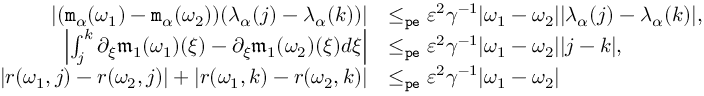
\begin{array} { r l } { | ( \mathtt { m } _ { \alpha } ( \omega _ { 1 } ) - \mathtt { m } _ { \alpha } ( \omega _ { 2 } ) ) ( \lambda _ { \alpha } ( j ) - \lambda _ { \alpha } ( k ) ) | } & { \le _ { \mathtt { p e } } \varepsilon ^ { 2 } \gamma ^ { - 1 } | \omega _ { 1 } - \omega _ { 2 } | | \lambda _ { \alpha } ( j ) - \lambda _ { \alpha } ( k ) | , } \\ { \left| \int _ { j } ^ { k } \partial _ { \xi } \mathfrak { m } _ { 1 } ( \omega _ { 1 } ) ( \xi ) - \partial _ { \xi } \mathfrak { m } _ { 1 } ( \omega _ { 2 } ) ( \xi ) d \xi \right| } & { \le _ { \mathtt { p e } } \varepsilon ^ { 2 } \gamma ^ { - 1 } | \omega _ { 1 } - \omega _ { 2 } | | j - k | , } \\ { | r ( \omega _ { 1 } , j ) - r ( \omega _ { 2 } , j ) | + | r ( \omega _ { 1 } , k ) - r ( \omega _ { 2 } , k ) | } & { \le _ { \mathtt { p e } } \varepsilon ^ { 2 } \gamma ^ { - 1 } | \omega _ { 1 } - \omega _ { 2 } | } \end{array}